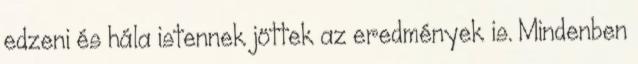
edzeni és hála istennek jöttek az eredmények is. Mindenben